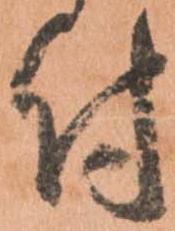
付